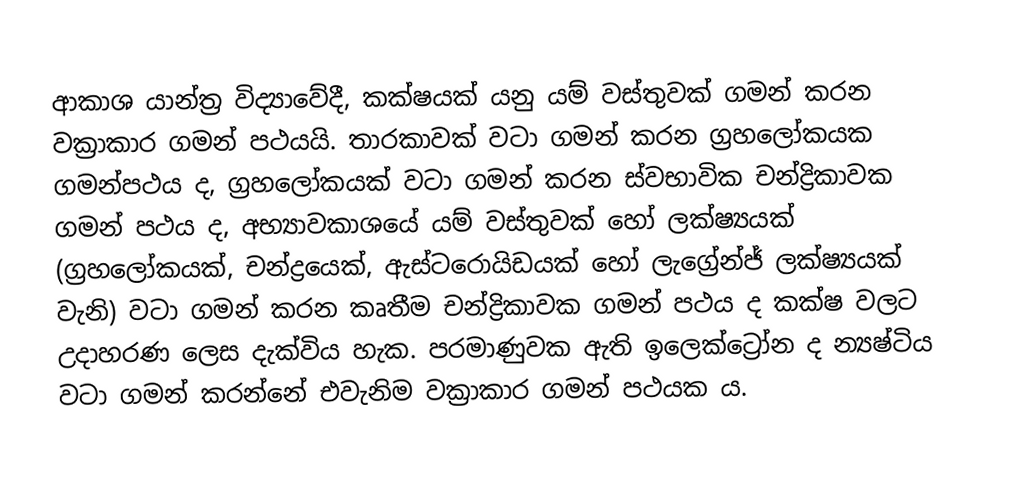
ආකාශ යාන්ත්‍ර විද්‍යාවේදී, කක්ෂයක් යනු යම් වස්තුවක් ගමන් කරන වක්‍රාකාර ගමන් පථයයි. තාරකාවක් වටා ගමන් කරන ග්‍රහලෝකයක ගමන්පථය ද, ග්‍රහලෝකයක් වටා ගමන් කරන ස්වභාවික චන්ද්‍රිකාවක ගමන් පථය ද, අභ්‍යාවකාශයේ යම් වස්තුවක් හෝ ලක්ෂ්‍යයක් (ග්‍රහලෝකයක්, චන්ද්‍රයෙක්, ඇස්ටරොයිඩයක් හෝ ලැග්‍රේන්ජ් ලක්ෂ්‍යයක් වැනි) වටා ගමන් කරන කෘතීම චන්ද්‍රිකාවක ගමන් පථය ද කක්ෂ වලට උදාහරණ ලෙස දැක්විය හැක. පරමාණුවක ඇති ඉලෙක්ට්‍රෝන ද න්‍යෂ්ටිය වටා ගමන් කරන්නේ එවැනිම වක්‍රාකාර ගමන් පථයක ය.